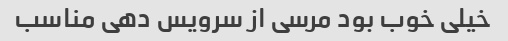
خیلی خوب بود مرسی از سرویس دهی مناسب